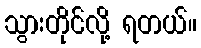
သွားတိုင်လို့ ရတယ်။